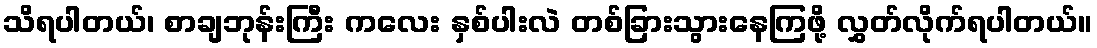
သိရပါတယ်၊ စာချဘုန်းကြီး ကလေး နှစ်ပါးလဲ တစ်ခြားသွားနေကြဖို့ လွှတ်လိုက်ရပါတယ်။